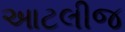
આટલીજ